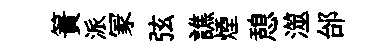
簀派冡弦譙煙憩澨邰